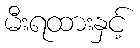
မီးရထားနှင့်